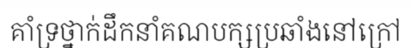
គាំទ្រថ្នាក់ដឹកនាំគណបក្សប្រឆាំងនៅក្រៅ